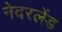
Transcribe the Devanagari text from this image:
नेदरलेंड